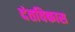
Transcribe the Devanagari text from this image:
दंतविकास